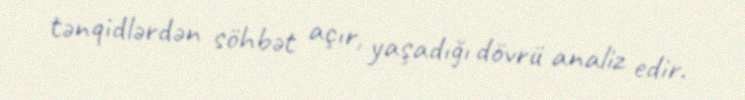
tənqidlərdən söhbət açır, yaşadığı dövrü analiz edir.